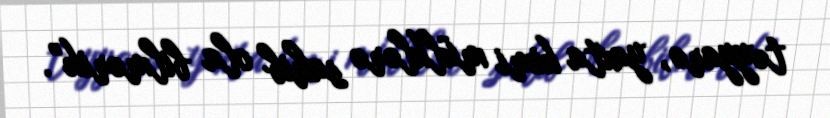
təyyarə, yaxta kimi mülklərə sahib ola bilmərik”.